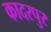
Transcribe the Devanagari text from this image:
कादरपुर